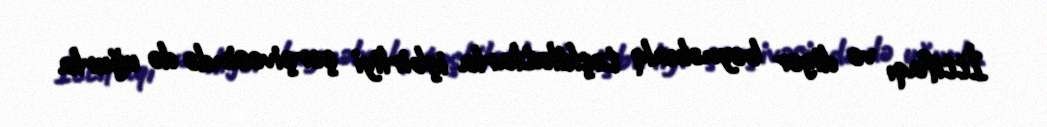
İttifaqı və digər beynəlxalq təşkilatlarla işbirliyi çərçivəsində də uğurla